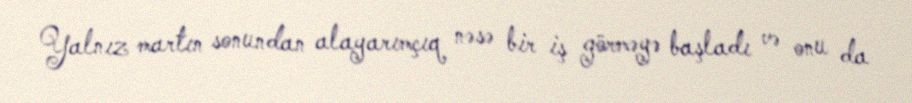
Yalnız martın sonundan alayarımçıq nəsə bir iş görməyə başladı və onu da